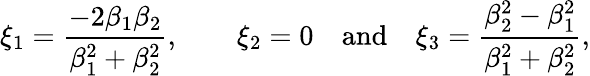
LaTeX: \xi_{1}=\frac{-2\beta_{1}\beta_{2}}{\beta_{1}^{2}+\beta_{2}^{2}},\qquad\xi_{2}=0\quad\mathrm{and\quad}\xi_{3}=\frac{\beta_{2}^{2}-\beta_{1}^{2}}{\beta_{1}^{2}+\beta_{2}^{2}},